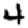
Digit: 4